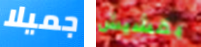
جميلا بقشيش